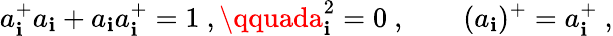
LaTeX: a_{\mathbf{i}}^{+}a_{\mathbf{i}}+a_{\mathbf{i}}a_{\mathbf{i}}^{+}=1\ ,\qquada_{\mathbf{i}}^{2}=0\ ,\qquad(a_{\mathbf{i}})^{+}=a_{\mathbf{i}}^{+}\ ,